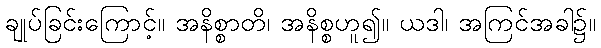
ချုပ်ခြင်းကြောင့်။ အနိစ္စာတိ၊ အနိစ္စဟူ၍။ ယဒါ၊ အကြင်အခါ၌။